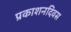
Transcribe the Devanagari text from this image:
प्रकाशनदिवस